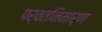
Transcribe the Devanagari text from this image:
पर्वतनिमार्ण